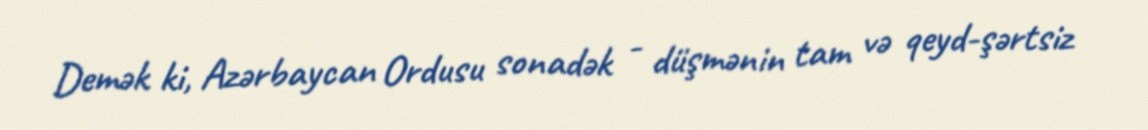
Demək ki, Azərbaycan Ordusu sonadək - düşmənin tam və qeyd-şərtsiz